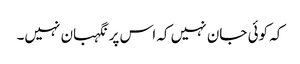
کہ کوئی جان نہیں کہ اس پر نگہبان نہیں۔